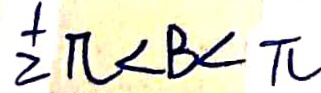
\frac { 1 } { 2 } \pi < B < \pi